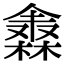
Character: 𣜈